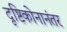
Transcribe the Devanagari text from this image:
दृष्टिकोनानंतर